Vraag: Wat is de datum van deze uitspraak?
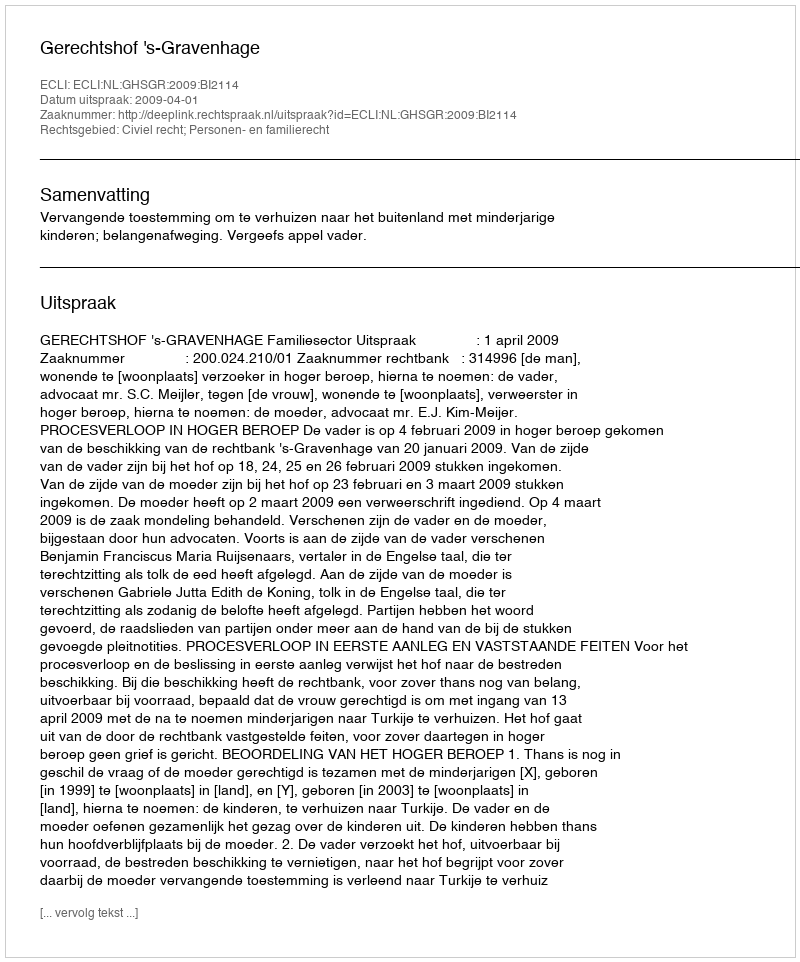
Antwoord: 2009-04-01